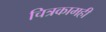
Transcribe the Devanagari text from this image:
चित्रकामही